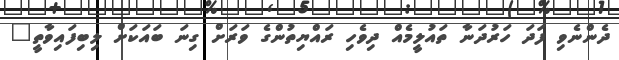
ދެންނެވި ފަދަ ހަރުދަނާ ތައުލީމެއް ދިވެހި ރައްޔިތުންގެ ވަރަށް ގިނަ ބައަކަށް ލިބިފައިވާތީ"